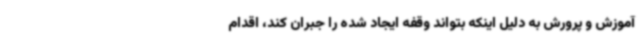
آموزش و پرورش به دلیل اینکه بتواند وقفه ایجاد شده را جبران کند، اقدام